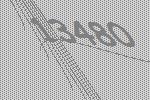
13480